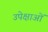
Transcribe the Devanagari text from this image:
उपेक्षाअों